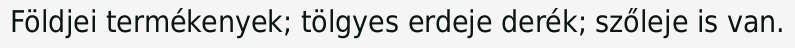
Földjei termékenyek; tölgyes erdeje derék; szőleje is van.